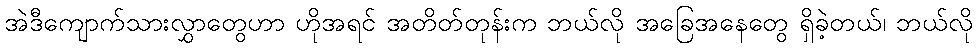
အဲဒီကျောက်သားလွှာတွေဟာ ဟိုအရင် အတိတ်တုန်းက ဘယ်လို အခြေအနေတွေ ရှိခဲ့တယ်၊ ဘယ်လို